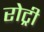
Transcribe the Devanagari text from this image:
रोट्री